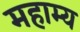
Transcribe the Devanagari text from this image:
महाम्य